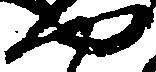
や